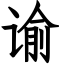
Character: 谕